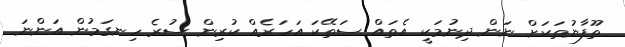
ތޫފާނުތަކަށް ނަން ދިނުމަކީ އެތައް ސަތޭކަ އަހަރެއް ކުރިން ސުރެ ހިނގަމުން އަންނަ